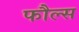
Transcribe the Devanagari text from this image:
फौल्स